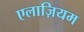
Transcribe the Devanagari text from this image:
एलाज़ियम